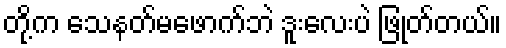
တို့က သေနတ်မဖောက်ဘဲ ဒူးလေးပဲ ဖြုတ်တယ်။